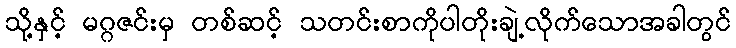
သို့နှင့် မဂ္ဂဇင်းမှ တစ်ဆင့် သတင်းစာကိုပါတိုးချဲ့လိုက်သောအခါတွင်